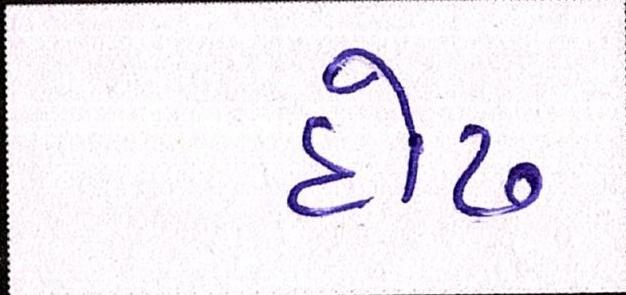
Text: દોઢ